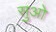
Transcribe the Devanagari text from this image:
सुओ